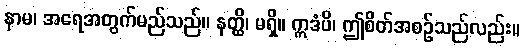
နာမ၊ အရေအတွက်မည်သည်။ နတ္ထိ၊ မရှိ။ ဣဒံပိ၊ ဤစိတ်အစဉ်သည်လည်း။